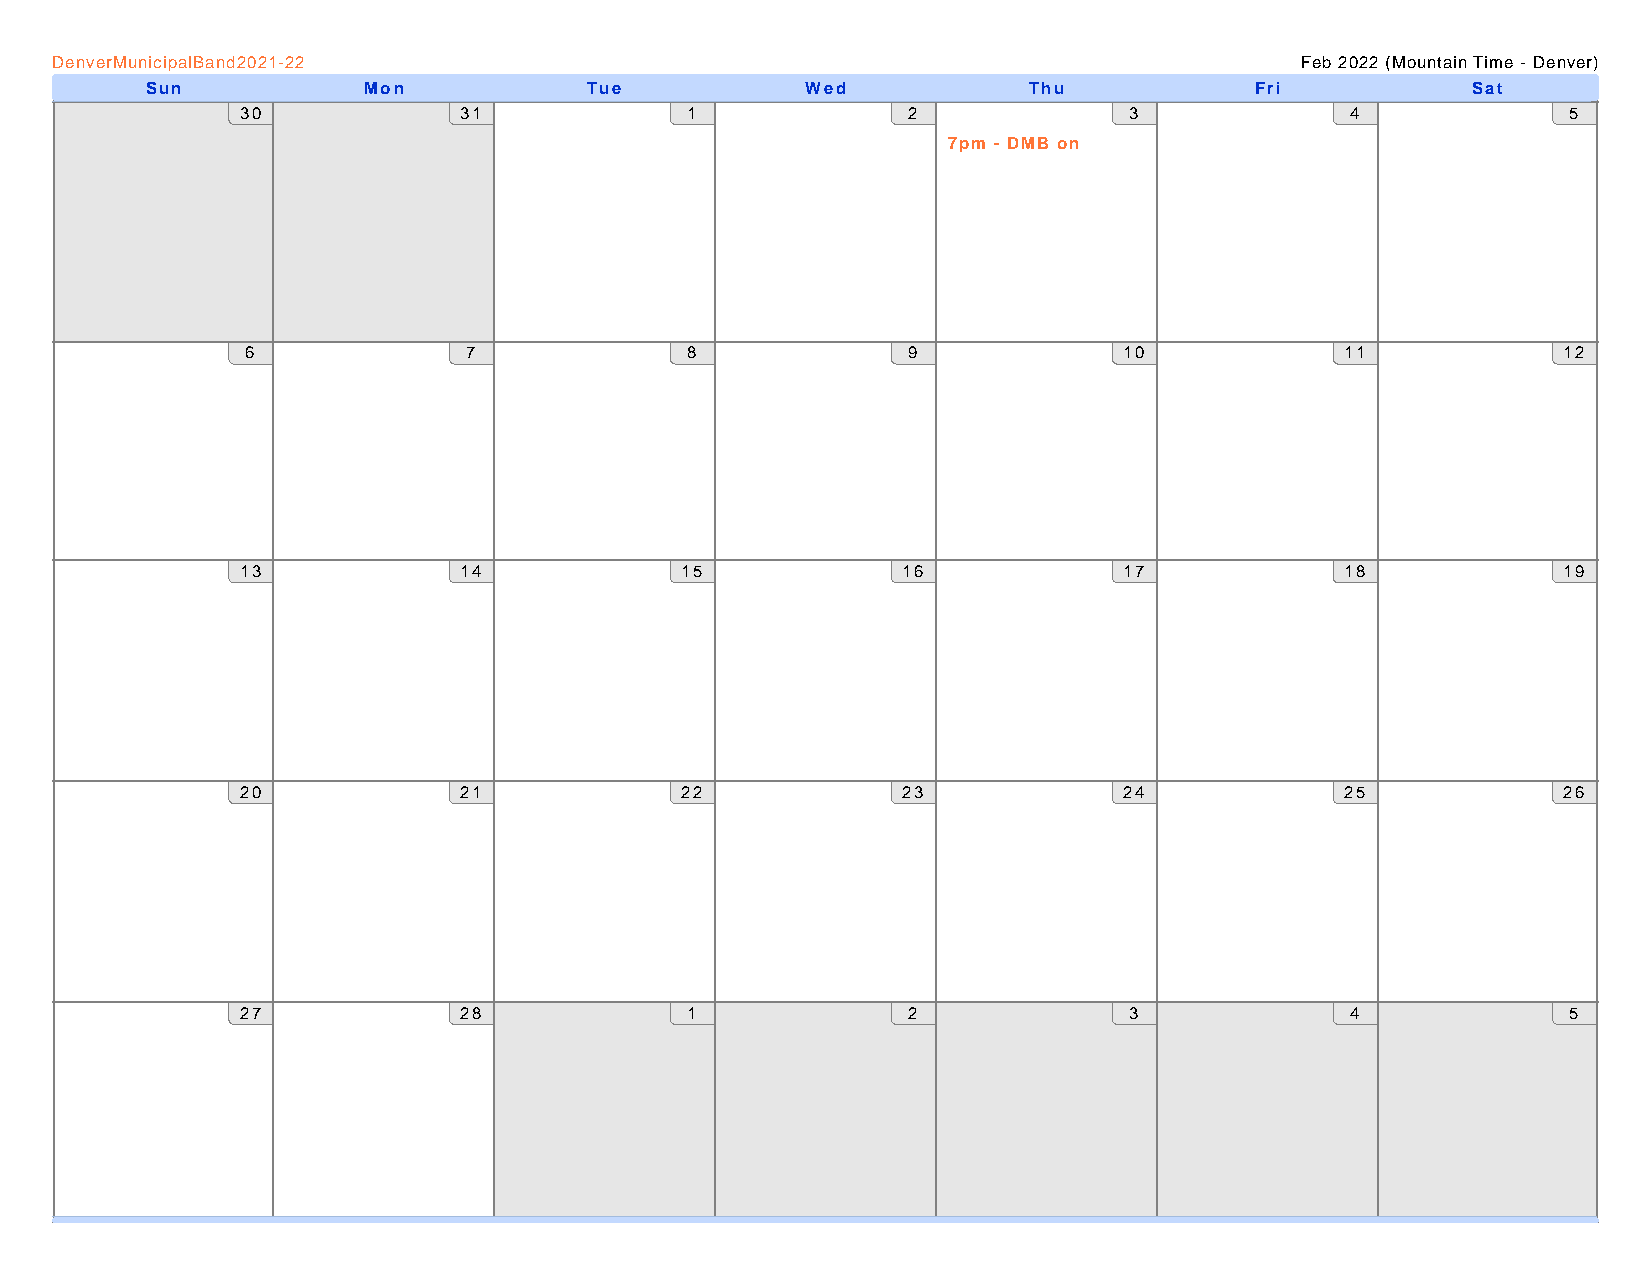
DenverMunicipalBand2021-22                                                         Feb 2022 (Mountain Time - Denver)
 Sun           Mon            Tue           Wed            Thu            Fri           Sat
 30            31             1              2              3             4              5
 7pm - DMB on
 6              7             8              9             10             11            12
 13            14             15             16            17             18            19
 20            21             22             23            24             25            26
 27            28             1              2              3             4              5